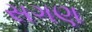
સગણ